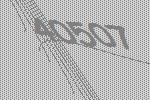
40507